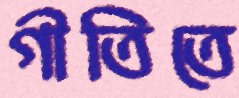
গীতিতে